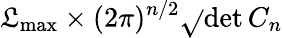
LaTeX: {\cal\mathfrak{L}}_{\mathrm{{max}}}\times(2\pi)^{n/2}\sqrt{}{{\operatorname*{det}C_{n}}}